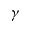
\gamma